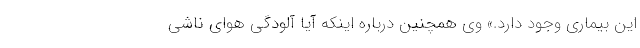
این بیماری وجود دارد.» وی همچنین درباره اینکه آیا آلودگی هوای ناشی